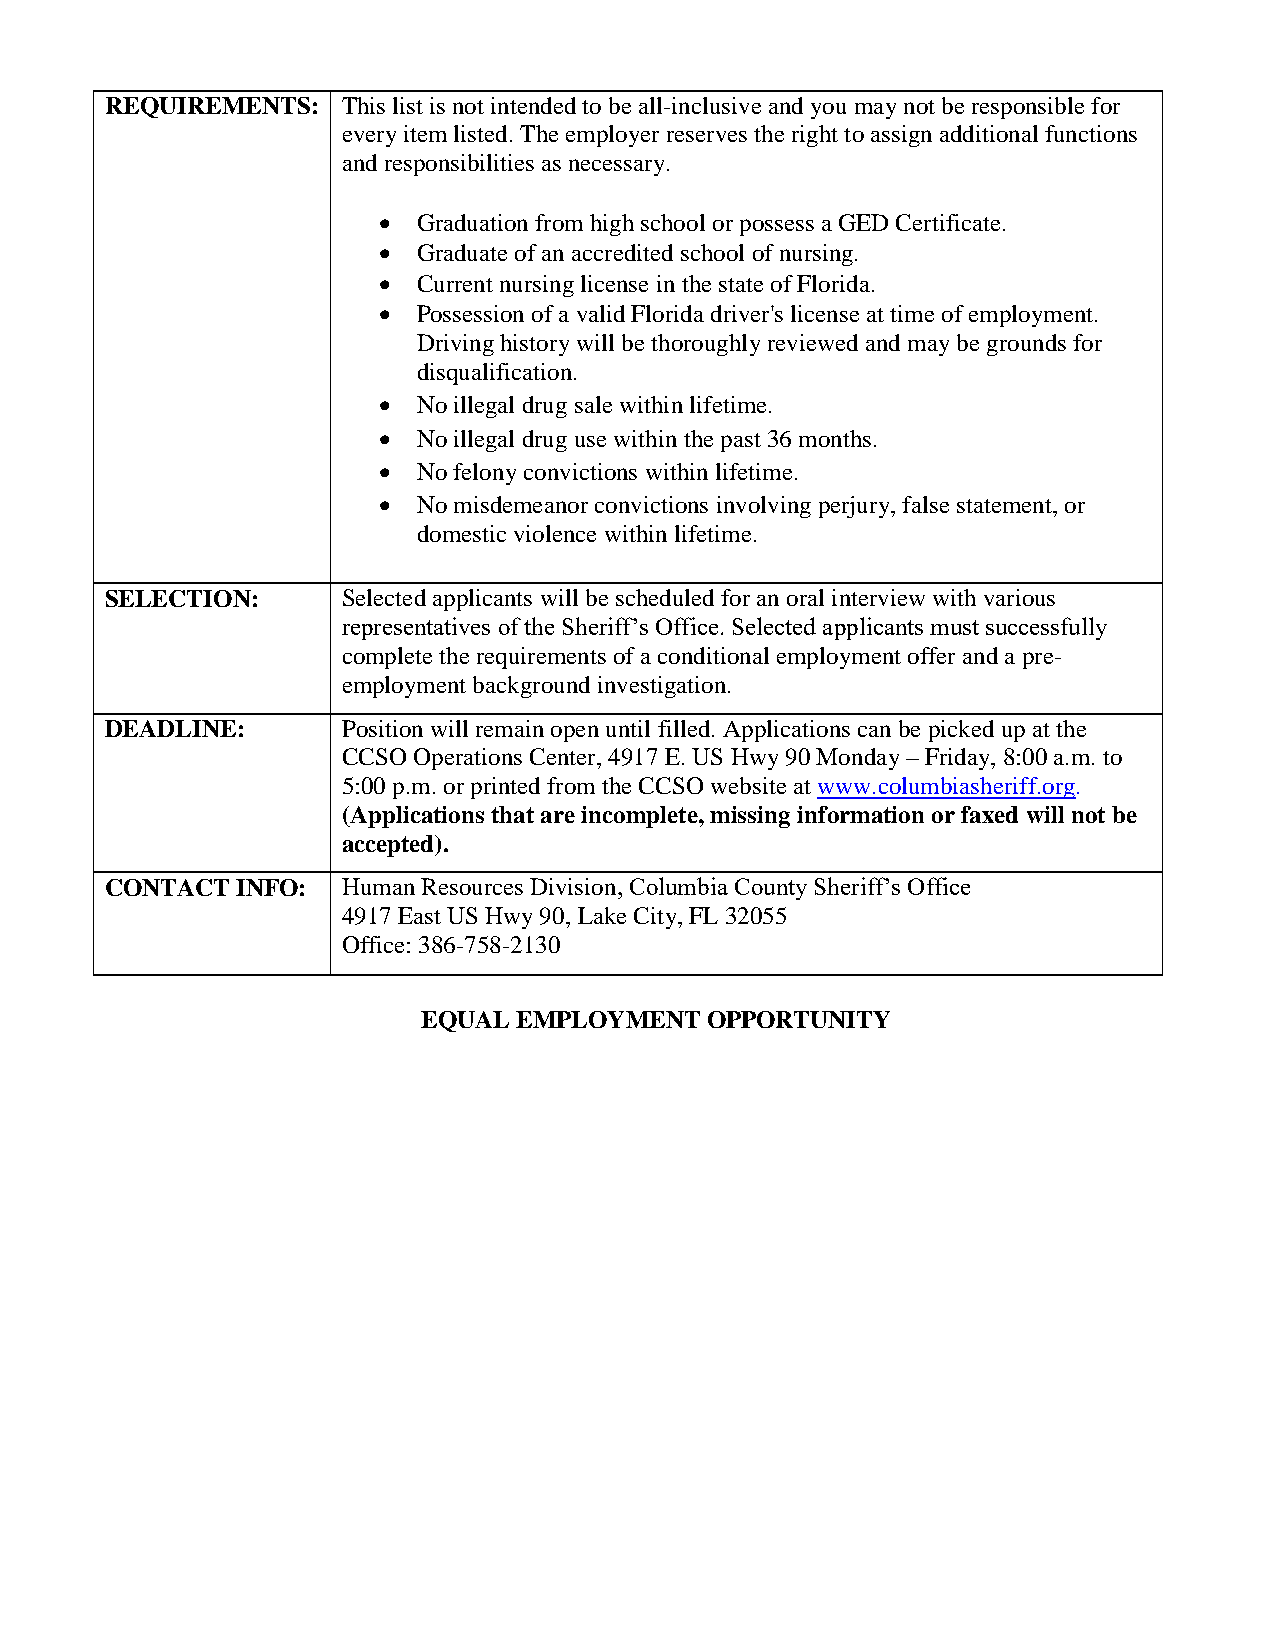
REQUIREMENTS:   This list is not intended to be all-inclusive and you may not be responsible for
 every item listed. The employer reserves the right to assign additional functions
 and responsibilities as necessary.
   Graduation from high school or possess a GED Certificate.
   Graduate of an accredited school of nursing.
   Current nursing license in the state of Florida.
   Possession of a valid Florida driver's license at time of employment.
 Driving history will be thoroughly reviewed and may be grounds for
 disqualification.
   No illegal drug sale within lifetime.
   No illegal drug use within the past 36 months.
   No felony convictions within lifetime.
   No misdemeanor convictions involving perjury, false statement, or
 domestic violence within lifetime.
 SELECTION:      Selected applicants will be scheduled for an oral interview with various
 representatives of the Sheriff’s Office. Selected applicants must successfully
 complete the requirements of a conditional employment offer and a pre-
 employment background investigation.
 DEADLINE:       Position will remain open until filled. Applications can be picked up at the
 CCSO Operations Center, 4917 E. US Hwy 90 Monday – Friday, 8:00 a.m. to
 5:00 p.m. or printed from the CCSO website at www.columbiasheriff.org.
 (Applications that are incomplete, missing information or faxed will not be
 accepted).
 CONTACT  INFO:  Human Resources Division, Columbia County Sheriff’s Office
 4917 East US Hwy 90, Lake City, FL 32055
 Office: 386-758-2130
 EQUAL EMPLOYMENT   OPPORTUNITY